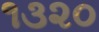
૧૩૨૦